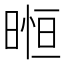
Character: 暅